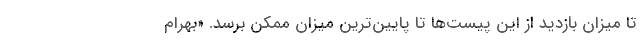
تا میزان بازدید از این پیست‌ها تا پایین‌ترین میزان ممکن برسد. «بهرام